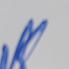
Signature authenticity: forged